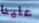
علينا